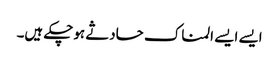
ایسے ایسے المناک حادثے ہوچکے ہیں۔